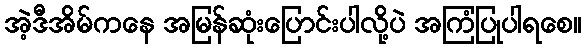
အဲ့ဒီအိမ်ကနေ အမြန်ဆုံးပြောင်းပါလို့ပဲ အကြံပြုပါရစေ။